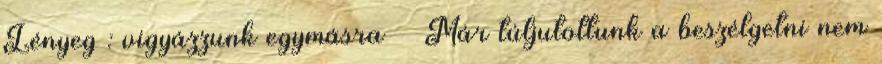
Lényeg : vigyázzunk egymásra Már túljutottunk a beszélgetni nem